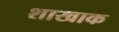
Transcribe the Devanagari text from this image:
शाखाक